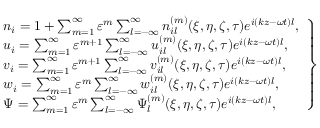
\left. \begin{array} { r l } & { n _ { i } = 1 + \sum _ { m = 1 } ^ { \infty } \varepsilon ^ { m } \sum _ { l = - \infty } ^ { \infty } n _ { i l } ^ { ( m ) } ( \xi , \eta , \zeta , \tau ) e ^ { i ( k z - \omega t ) l } , } \\ & { u _ { i } = \sum _ { m = 1 } ^ { \infty } \varepsilon ^ { m + 1 } \sum _ { l = - \infty } ^ { \infty } u _ { i l } ^ { ( m ) } ( \xi , \eta , \zeta , \tau ) e ^ { i ( k z - \omega t ) l } , } \\ & { v _ { i } = \sum _ { m = 1 } ^ { \infty } \varepsilon ^ { m + 1 } \sum _ { l = - \infty } ^ { \infty } v _ { i l } ^ { ( m ) } ( \xi , \eta , \zeta , \tau ) e ^ { i ( k z - \omega t ) l } , } \\ & { w _ { i } = \sum _ { m = 1 } ^ { \infty } \varepsilon ^ { m } \sum _ { l = - \infty } ^ { \infty } w _ { i l } ^ { ( m ) } ( \xi , \eta , \zeta , \tau ) e ^ { i ( k z - \omega t ) l } , } \\ & { \Psi = \sum _ { m = 1 } ^ { \infty } \varepsilon ^ { m } \sum _ { l = - \infty } ^ { \infty } \Psi _ { l } ^ { ( m ) } ( \xi , \eta , \zeta , \tau ) e ^ { i ( k z - \omega t ) l } , } \end{array} \right\}